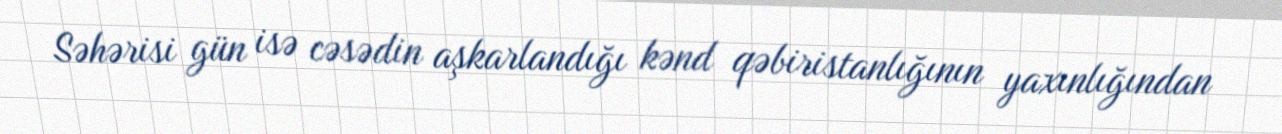
Səhərisi gün isə cəsədin aşkarlandığı kənd qəbiristanlığının yaxınlığından